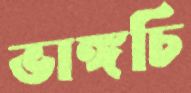
ভাঙ্গচি